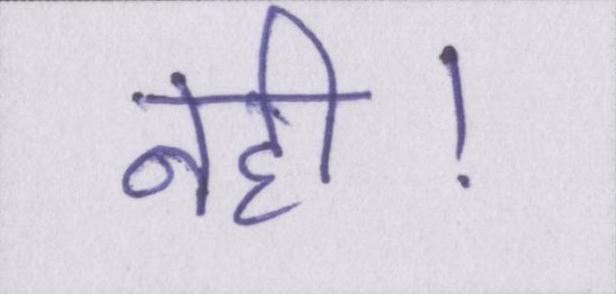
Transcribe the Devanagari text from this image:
नही।